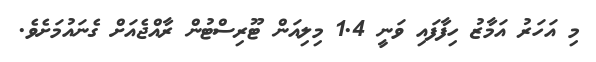
މި އަހަރު އަމާޒު ހިފާފައި ވަނީ 1.4 މިލިއަން ޓޫރިސްޓުން ރާއްޖެއަށް ގެނައުމަށެވެ.